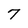
Character: 7